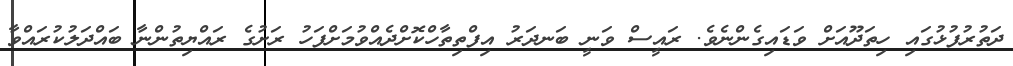
ދަތުރުފުޅުގައި ހިތަދޫއަށް ވަޑައިގެންނެވެ. ރައީސް ވަނީ ބަނދަރު އިފްތިތާހްކޮށްދެއްވުމަށްފަހު ރަށުގެ ރައްޔިތުންނާ ބައްދަލުކުރައްވާ